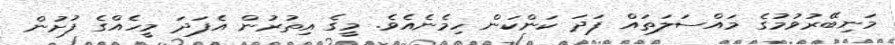
މަނިބޭރުވުމުގެ މައްސަލަތައް ފަދަ ކަންކަން ހިމެނެއެވެ. މީގެ އިތުރުން އެފަދަ މީހެއްގެ ފުށުން